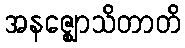
အနဇ္ဈောသိတာတိ